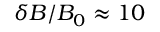
\delta B / B _ { 0 } \approx 1 0